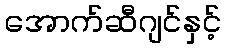
အောက်ဆီဂျင်နှင့်